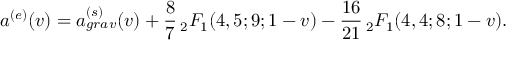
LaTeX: a ^ { ( e ) } ( v ) = a _ { g r a v } ^ { ( s ) } ( v ) + \frac { 8 } { 7 } \, _ { 2 } F _ { 1 } ( 4 , 5 ; 9 ; 1 - v ) - \frac { 1 6 } { 2 1 } \, _ { 2 } F _ { 1 } ( 4 , 4 ; 8 ; 1 - v ) .